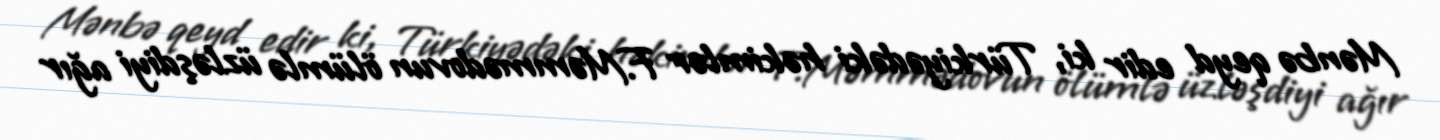
Mənbə qeyd edir ki, Türkiyədəki həkimlər F.Məmmədovun ölümlə üzləşdiyi ağır